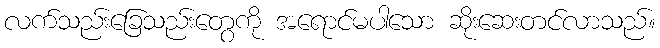
လက်သည်းခြေသည်းတွေကို အရောင်မပါသော ဆိုးဆေးတင်လာသည်။